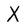
Character: X